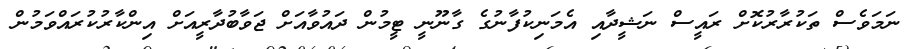
ނަމަވެސް ތަކުރާރުކޮށް ރައީސް ނަޝީދާއި އެމަނިކުފާނުގެ ގާނޫނީ ޓީމުން ދައުވާއަށް ޖަވާބުދާރީއަށް އިންކާރުކުރައްވަމުން